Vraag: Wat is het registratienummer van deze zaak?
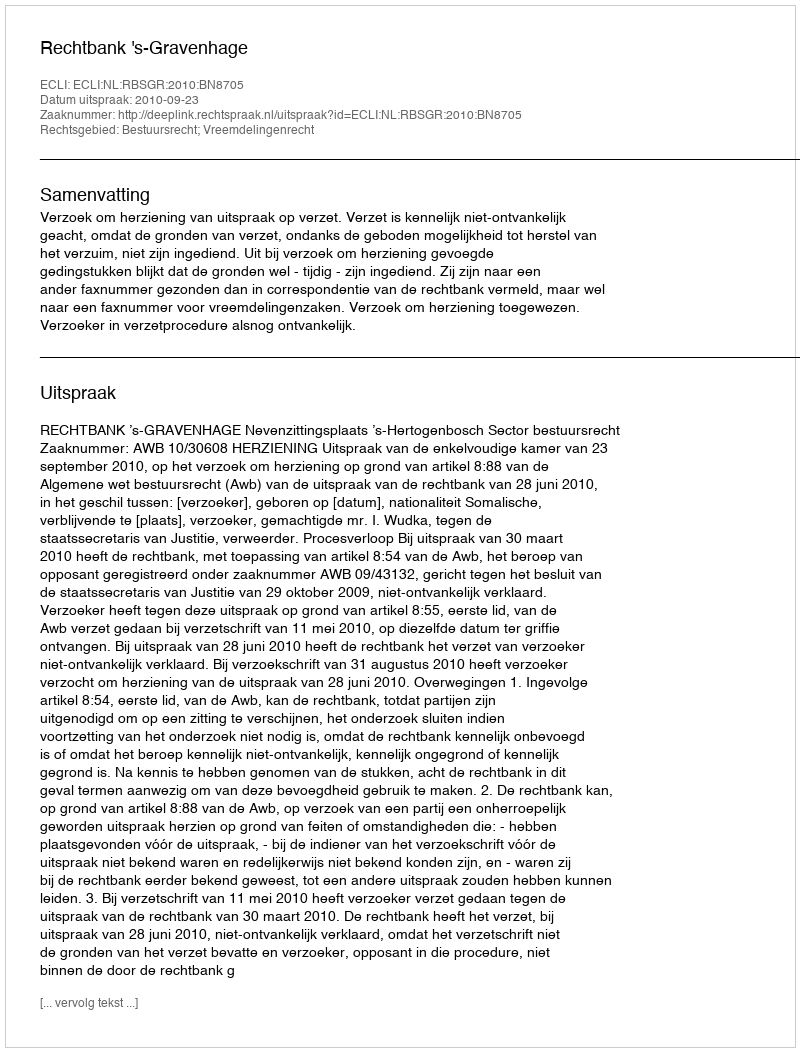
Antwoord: http://deeplink.rechtspraak.nl/uitspraak?id=ECLI:NL:RBSGR:2010:BN8705